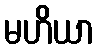
မဟိယာ